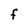
Character: F